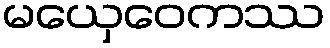
မယှေဝေကဿ